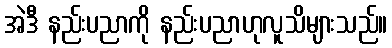
အဲဒီ နည်းပညာကို နည်းပညာဟုလူသိများသည်။